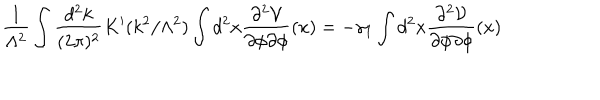
LaTeX: \frac { 1 } { \Lambda ^ { 2 } } \int \frac { d ^ { 2 } k } { ( 2 \pi ) ^ { 2 } } K ^ { \prime } ( k ^ { 2 } / \Lambda ^ { 2 } ) \int d ^ { 2 } x \frac { \partial ^ { 2 } { \cal V } } { \partial \phi \partial \phi } ( x ) = - \gamma _ { 1 } \int d ^ { 2 } x \frac { \partial ^ { 2 } { \cal V } } { \partial \phi \partial \phi } ( x )